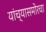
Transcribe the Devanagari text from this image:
यांच्यासमोरचा